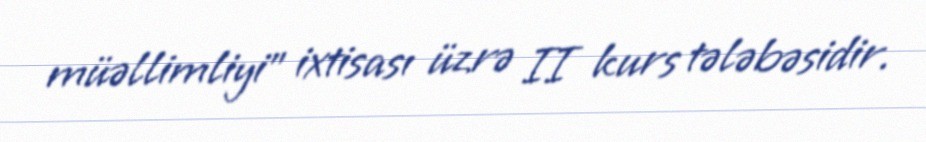
müəllimliyi" ixtisası üzrə II kurs tələbəsidir.